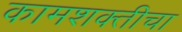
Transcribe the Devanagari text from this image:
कामशक्तीचा